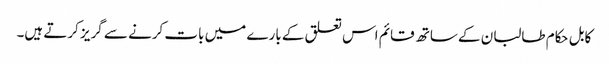
کابل حکام طالبان کے ساتھ قائم اس تعلق کے بارے میں بات کرنے سے گریز کرتے ہیں۔